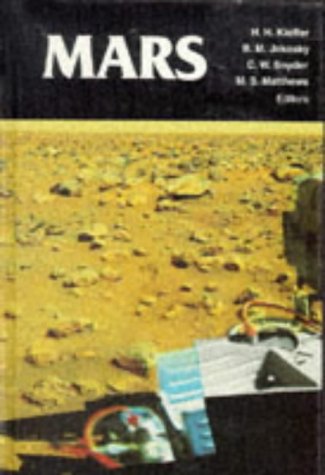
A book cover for Mars (Space Science Series); Science & Math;